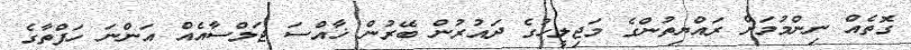
ގޮތެއް ނިންމުމަށް ރައްޔިތުންގެ މަޖިލީހުގެ ދައުރުން ބޭރުން ޚާއްސަ ޖަލްސާއެއް އަންނަ ހަފްތާގެ